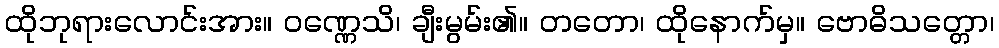
ထိုဘုရားလောင်းအား။ ဝဏ္ဏေသိ၊ ချီးမွမ်း၏။ တတော၊ ထိုနောက်မှ။ ဗောဓိသတ္တော၊